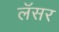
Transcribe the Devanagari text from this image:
लॅसर